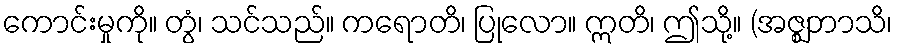
ကောင်းမှုကို။ တွံ၊ သင်သည်။ ကရောတိ၊ ပြုလော။ ဣတိ၊ ဤသို့။ (အဇ္ဈဘာသိ၊